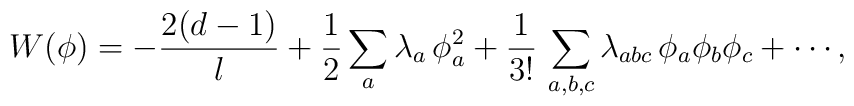
W(\phi)=-\frac{2(d-1)}{l}+{1\over 2}\sum_a \lambda_a\,\phi_a^2 +\frac{1}{3!}\,\sum_{a,b,c}\lambda_{abc}\,\phi_a\phi_b\phi_c+\cdots,